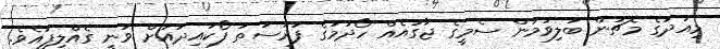
މިއަދުގެ މެޗުން ބަލިވުމުން ސެމީގެ ޖާގައެއް ހޯދުމުގެ ފުރުސަތު ފޯކައިދުއަށް ވަނީ ގެއްލިފައެވެ.